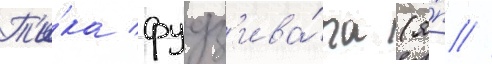
Т'и́ка фудз'ива́ра (я́п //